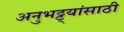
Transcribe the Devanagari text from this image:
अनुभट्ट्यांसाठी